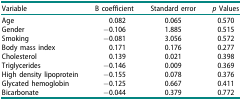
<table><thead><tr><td><b>Variable</b></td><td><b>Β coefficient</b></td><td><b>Standard error</b></td><td><b><i>p</i> Values</b></td></tr></thead><tbody><tr><td>Age</td><td>0.082</td><td>0.065</td><td>0.570</td></tr><tr><td>Gender</td><td>−0.106</td><td>1.885</td><td>0.515</td></tr><tr><td>Smoking</td><td>−0.081</td><td>3.056</td><td>0.572</td></tr><tr><td>Body mass index</td><td>0.171</td><td>0.176</td><td>0.277</td></tr><tr><td>Cholesterol</td><td>0.139</td><td>0.021</td><td>0.398</td></tr><tr><td>Triglycerides</td><td>−0.146</td><td>0.009</td><td>0.369</td></tr><tr><td>High density lipoprotein</td><td>−0.155</td><td>0.078</td><td>0.376</td></tr><tr><td>Glycated hemoglobin</td><td>−0.125</td><td>0.667</td><td>0.411</td></tr><tr><td>Bicarbonate</td><td>−0.044</td><td>0.379</td><td>0.772</td></tr></tbody></table>